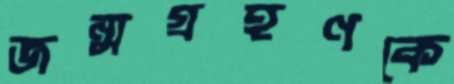
জন্মগ্রহণকে